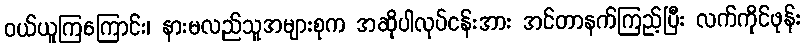
ဝယ်ယူကြကြောင်း၊ နားမလည်သူအများစုက အဆိုပါလုပ်ငန်းအား အင်တာနက်ကြည့်ပြီး လက်ကိုင်ဖုန်း